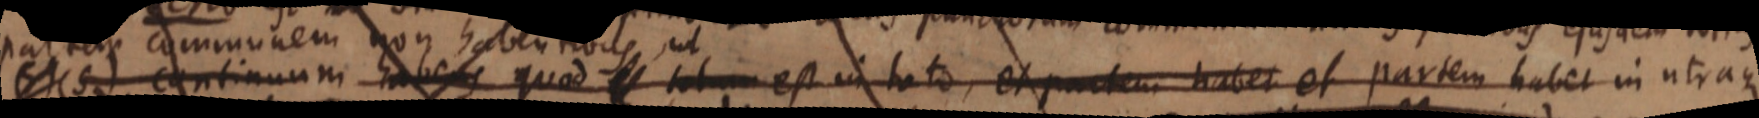
(5) continuum habens quod totum est in toto, et partem habet et partem habet in utraque